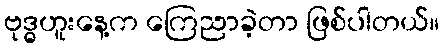
ဗုဒ္ဓဟူးနေ့က ကြေညာခဲ့တာ ဖြစ်ပါတယ်။